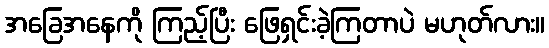
အခြေအနေကို ကြည့်ပြီး ဖြေရှင်းခဲ့ကြတာပဲ မဟုတ်လား။